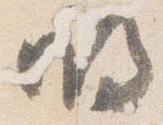
明